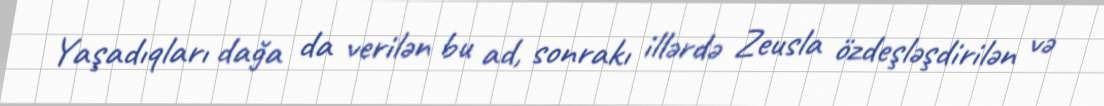
Yaşadıqları dağa da verilən bu ad, sonrakı illərdə Zeusla özdeşləşdirilən və